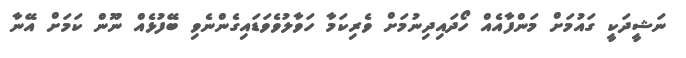
ނަޝީދަކީ ގައުމަށް މަންފާއެއް ހޯދައިދިނުމަށް ވެރިކަމާ ހަވާލުވެވަޑައިގެންނެވި ބޭފުޅެއް ނޫން ކަމަށް އޭނާ